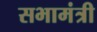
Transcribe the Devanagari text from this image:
सभामंत्री